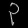
Digit: ၃